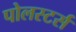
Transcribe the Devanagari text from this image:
पोलस्टर्स